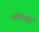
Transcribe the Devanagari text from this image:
प्रतिकिर्याएँ